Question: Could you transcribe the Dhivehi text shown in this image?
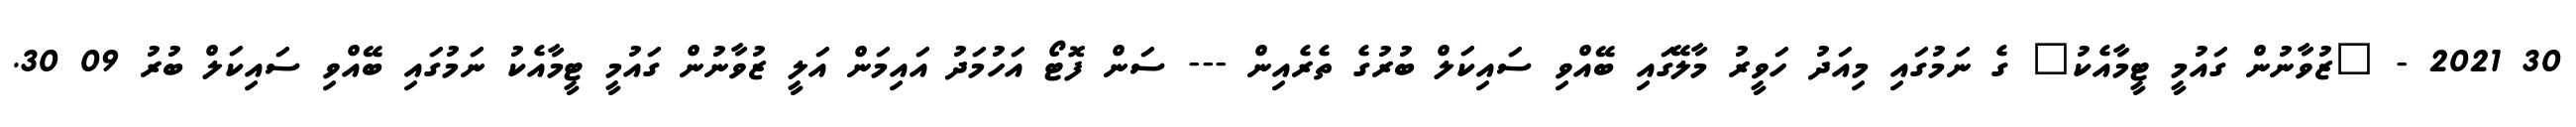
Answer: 30 2021 - "ޒުވާނުން ގައުމީ ޓީމާއެކު" ގެ ނަމުގައި މިއަދު ހަވީރު މާލޭގައި ބޭއްވި ސައިކަލް ބުރުގެ ތެރެއިން --- ސަން ފޮޓޯ އަހުމަދު އައިމަން އަލީ ޒުވާނުން ގައުމީ ޓީމާއެކު ނަމުގައި ބޭއްވި ސައިކަލް ބުރު 09 30.